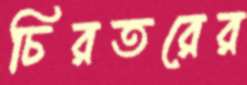
চিরতরের